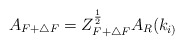
\begin{align*}A_{F+\triangle F}=Z_{F+\triangle F}^{\frac 12}A_R(k_{i)}\end{align*}